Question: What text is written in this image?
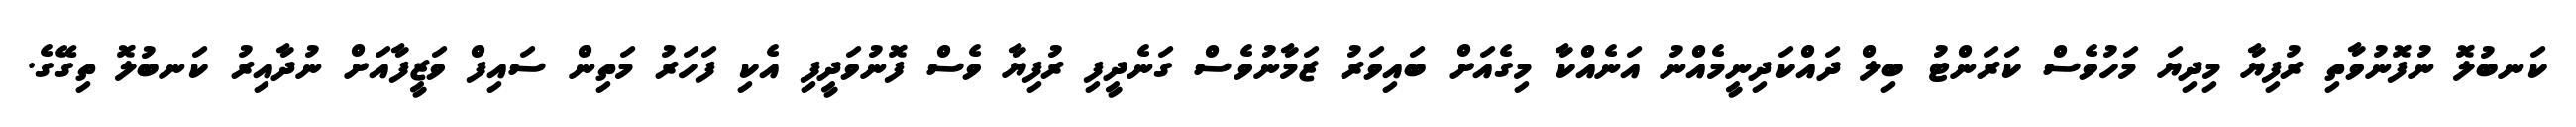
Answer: ކަނބުލޮ ނުފޮނުވާތި ރުފިޔާ މިދިޔަ މަހުވެސް ކަރަންޓު ބިލް ދައްކަދިނީމެއްނު އަނެއްކާ މިގެއަށް ބައިވަރު ޒަމާނުވެސް ގަނެދީފި ރުފިޔާ ވެސް ފޮނުވަދީފި އެކި ފަހަރު މަތިން ސައިފް ވަޒީފާއަށް ނުދާއިރު ކަނބުލޮ ތިގޭގެ.